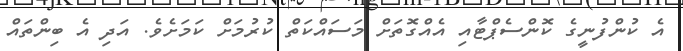
އެ ކުންފުނީގެ ކޮންސެޕްޓާއި އެއްގޮތަށް މަސައްކަތް ކުރުމަށް ކަމަށެވެ. އަދި އެ ބިންތައް